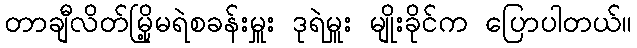
တာချီလိတ်မြို့မရဲစခန်းမှူး ဒုရဲမှူး မျိုးခိုင်က ပြောပါတယ်။